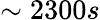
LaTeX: \sim 2300s